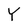
Character: Y